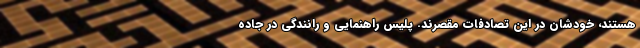
هستند، خودشان در این تصادفات مقصرند. پلیس راهنمایی و رانندگی در جاده